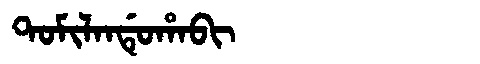
Manchu: ᡨᠣᠮᡳᠯᠠᠨᡩᡠᡥᠠᠪᡳ
Romanization: TOMILANDUHABI